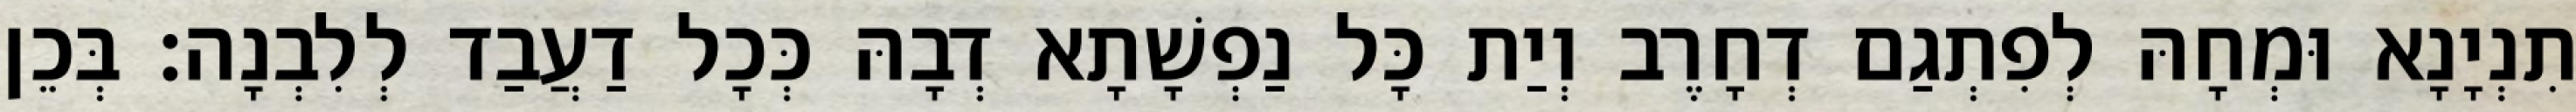
תִנְיָנָא וּמְחָהּ לְפִתְגַם דְחָרֶב וְיַת כָּל נַפְשָׁתָא דְבָהּ כְּכָל דַעֲבַד לְלִבְנָה׃ בְּכֵן